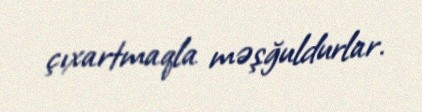
çıxartmaqla məşğuldurlar.